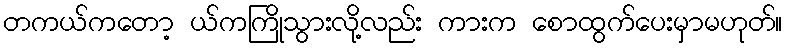
တကယ်ကတော့ ယ်ကကြိုသွားလို့လည်း ကားက စောထွက်ပေးမှာမဟုတ်။